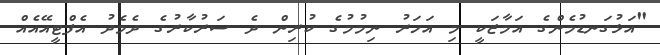
"އަޅުގަނޑުމެންގެ އަމާޒަކީ މި އަހަރު ނިމުމުގެ ކުރިން ދެ ސަރުކާރުގެ ދެމެދު އެފްޓީއޭއެއް